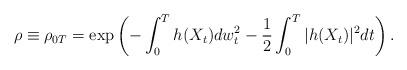
LaTeX: \begin{align*}\rho\equiv\rho_{0T}=\exp\left(-\int_0^Th(X_t)dw^2_t - \frac12 \int_0^T|h(X_t)|^2dt\right).\end{align*}